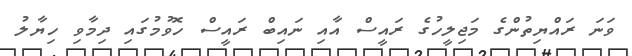
ވަނަ ރައްޔިތުންގެ މަޖިލީހުގެ ރައީސް އާއި ނައިބް ރައީސް ހޮވުމުގައި ދިމާވި ހިޔާލު